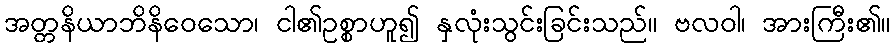
အတ္တနိယာဘိနိဝေသော၊ ငါ၏ဥစ္စာဟူ၍ နှလုံးသွင်းခြင်းသည်။ ဗလဝါ၊ အားကြီး၏။